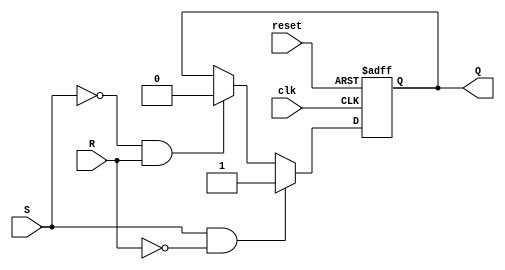
module sr_ff (
  input clk,
  input reset,
  input S,
  input R,
  output reg Q
);

always @(posedge clk or negedge reset) begin
  if (!reset) begin
    Q <= 0;
  end else begin
    if (S && !R) begin
      Q <= 1;
    end else if (!S && R) begin
      Q <= 0;
    end
  end
end

endmodule